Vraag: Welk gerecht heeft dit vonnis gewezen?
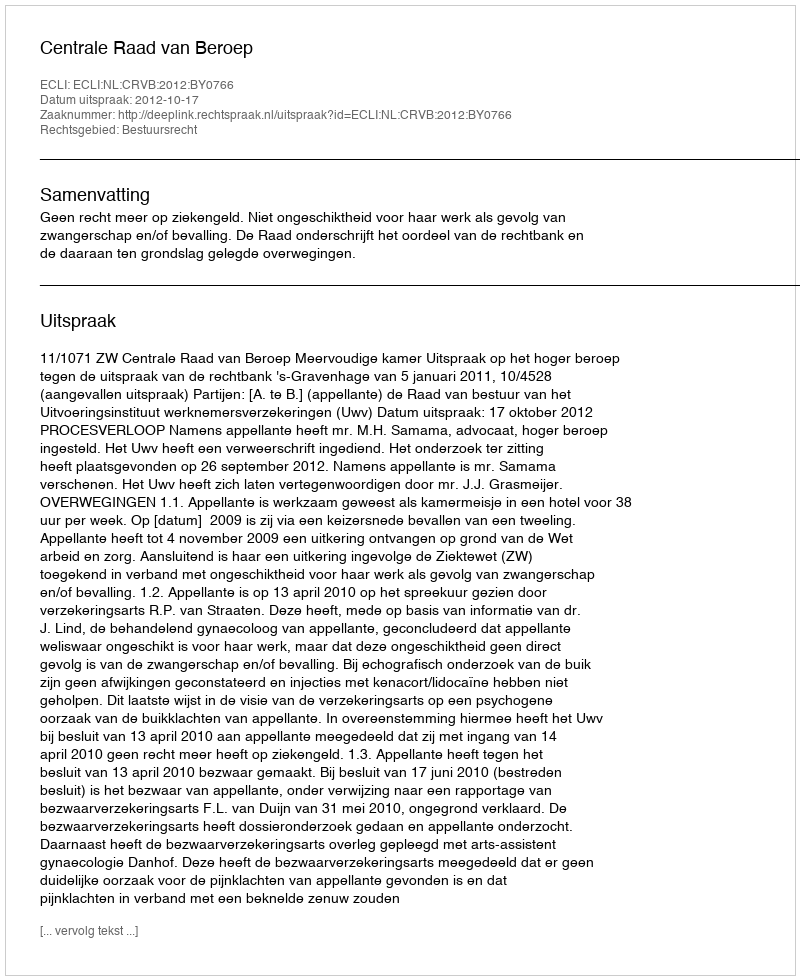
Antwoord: Centrale Raad van Beroep